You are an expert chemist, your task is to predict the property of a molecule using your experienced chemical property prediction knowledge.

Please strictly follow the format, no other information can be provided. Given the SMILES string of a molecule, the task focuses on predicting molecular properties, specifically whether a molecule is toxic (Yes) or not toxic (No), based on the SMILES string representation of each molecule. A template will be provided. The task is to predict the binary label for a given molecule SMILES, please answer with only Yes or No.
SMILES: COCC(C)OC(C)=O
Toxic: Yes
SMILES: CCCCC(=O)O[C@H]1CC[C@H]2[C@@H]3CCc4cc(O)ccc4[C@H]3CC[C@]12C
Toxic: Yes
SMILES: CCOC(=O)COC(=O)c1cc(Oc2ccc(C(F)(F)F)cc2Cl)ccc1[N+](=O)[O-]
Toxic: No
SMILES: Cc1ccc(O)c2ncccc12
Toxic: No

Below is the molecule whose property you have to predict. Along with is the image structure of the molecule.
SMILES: O=C(O)COc1ccc2ccccc2c1
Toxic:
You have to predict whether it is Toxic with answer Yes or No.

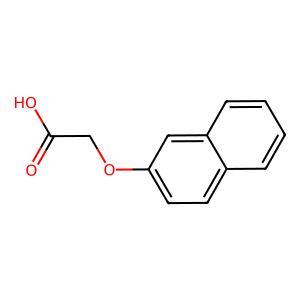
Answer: No